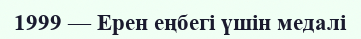
1999 — Ерен еңбегі үшін медалі